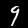
Digit: 9